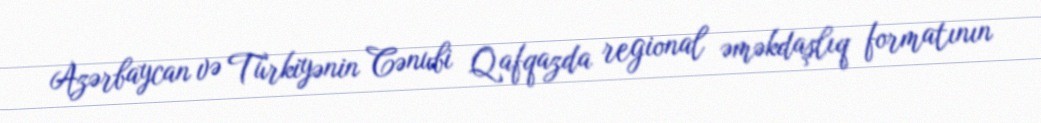
Azərbaycan və Türkiyənin Cənubi Qafqazda regional əməkdaşlıq formatının